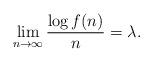
LaTeX: \begin{align*}\lim_{n\to\infty}\frac{\displaystyle \log f(n)}{\displaystyle n}=\lambda.\end{align*}